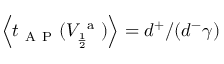
\left\langle t _ { \mathrm { ~ A ~ P ~ } } ( V _ { \frac { 1 } { 2 } } ^ { \mathrm { ~ a ~ } } ) \right\rangle = d ^ { + } / ( d ^ { - } \gamma )